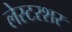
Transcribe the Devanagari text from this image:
लेस्टरशर